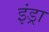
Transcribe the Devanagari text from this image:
इंड्रा